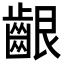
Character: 齦